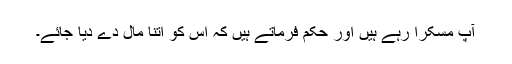
آپ مسکرا رہے ہیں اور حکم فرماتے ہیں کہ اس کو اتنا مال دے دیا جائے۔